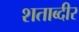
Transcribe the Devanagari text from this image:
शताब्दीर